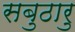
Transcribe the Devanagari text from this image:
सबुठारु